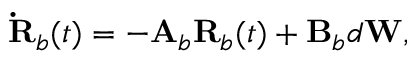
\mathbf { \dot { R } } _ { b } ( t ) = - \mathbf { A } _ { b } \mathbf { R } _ { b } ( t ) + \mathbf { B } _ { b } d \mathbf { W } ,